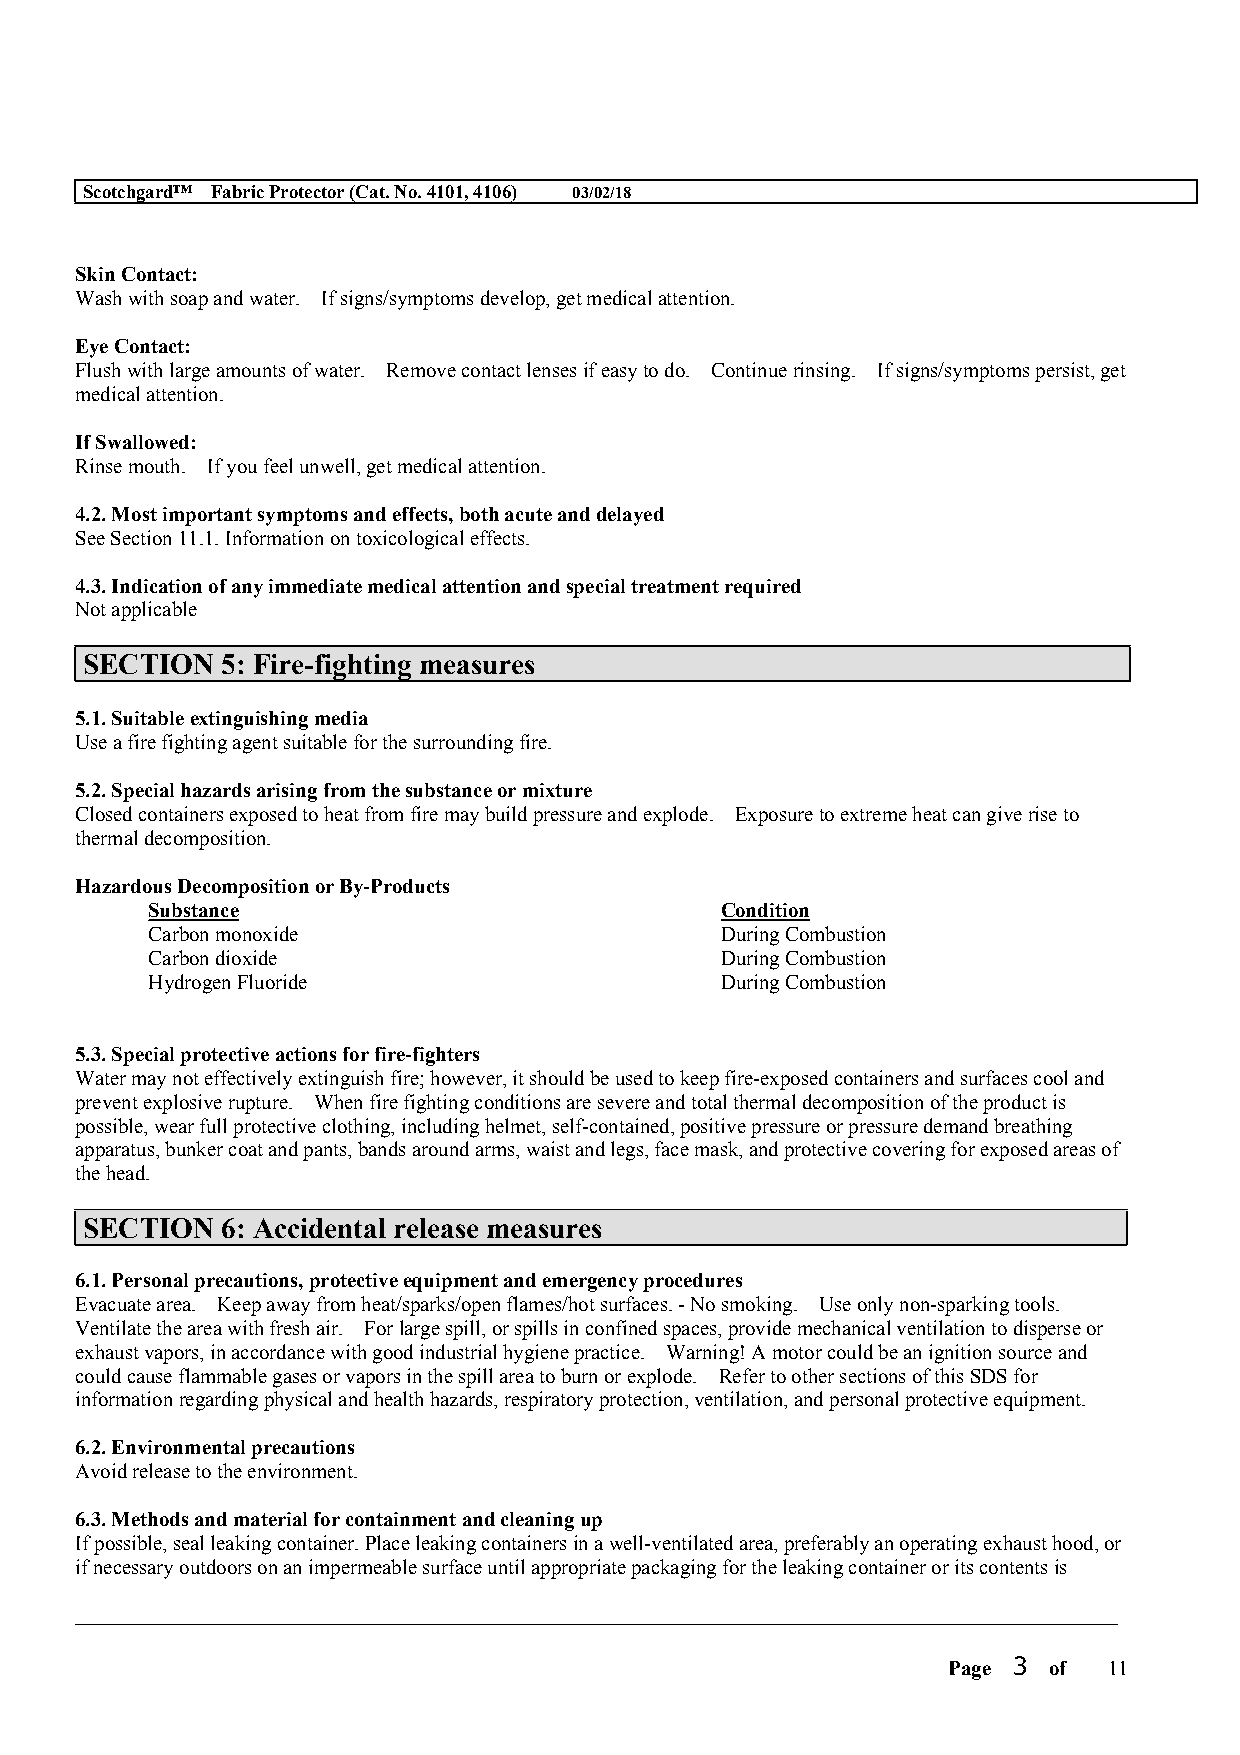
Scotchgard™ Fabric Protector (Cat. No. 4101, 4106) 03/02/18
 Skin Contact:
 Wash with soap and water. If signs/symptoms develop, get medical attention.
 Eye Contact:
 Flush with large amounts of water. Remove contact lenses if easy to do. Continue rinsing. If signs/symptoms persist, get
 medical attention.
 If Swallowed:
 Rinse mouth. If you feel unwell, get medical attention.
 4.2. Most important symptoms and effects, both acute and delayed
 See Section 11.1. Information on toxicological effects.
 4.3. Indication of any immediate medical attention and special treatment required
 Not applicable
 SECTION   5: Fire-fighting measures
 5.1. Suitable extinguishing media
 Use a fire fighting agent suitable for the surrounding fire.
 5.2. Special hazards arising from the substance or mixture
 Closed containers exposed to heat from fire may build pressure and explode. Exposure to extreme heat can give rise to
 thermal decomposition.
 Hazardous Decomposition or By-Products
 Substance                             Condition
 Carbon monoxide                       During Combustion
 Carbon dioxide                        During Combustion
 Hydrogen Fluoride                     During Combustion
 5.3. Special protective actions for fire-fighters
 Water may not effectively extinguish fire; however, it should be used to keep fire-exposed containers and surfaces cool and
 prevent explosive rupture. When fire fighting conditions are severe and total thermal decomposition of the product is
 possible, wear full protective clothing, including helmet, self-contained, positive pressure or pressure demand breathing
 apparatus, bunker coat and pants, bands around arms, waist and legs, face mask, and protective covering for exposed areas of
 the head.
 SECTION   6: Accidental release measures
 6.1. Personal precautions, protective equipment and emergency procedures
 Evacuate area. Keep away from heat/sparks/open flames/hot surfaces. - No smoking. Use only non-sparking tools.
 Ventilate the area with fresh air. For large spill, or spills in confined spaces, provide mechanical ventilation to disperse or
 exhaust vapors, in accordance with good industrial hygiene practice. Warning! A motor could be an ignition source and
 could cause flammable gases or vapors in the spill area to burn or explode. Refer to other sections of this SDS for
 information regarding physical and health hazards, respiratory protection, ventilation, and personal protective equipment.
 6.2. Environmental precautions
 Avoid release to the environment.
 6.3. Methods and material for containment and cleaning up
 If possible, seal leaking container. Place leaking containers in a well-ventilated area, preferably an operating exhaust hood, or
 if necessary outdoors on an impermeable surface until appropriate packaging for the leaking container or its contents is
 __________________________________________________________________________________________
 Page 3 of 11